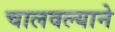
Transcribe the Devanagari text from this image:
चालवल्याने